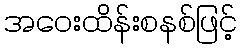
အဝေးထိန်းစနစ်ဖြင့်